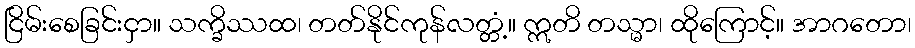
ငြိမ်းစေခြင်းငှာ။ သက္ခိဿထ၊ တတ်နိုင်ကုန်လတ္တံ့။ ဣတိ တသ္မာ၊ ထိုကြောင့်။ အာဂတော၊